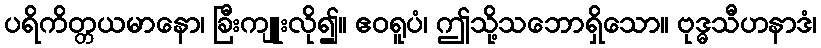
ပရိကိတ္တယမာနော၊ ခြီးကျူးလို၍။ ဧဝရူပံ၊ ဤသို့သဘောရှိသော။ ဗုဒ္ဓသီဟနာဒံ၊